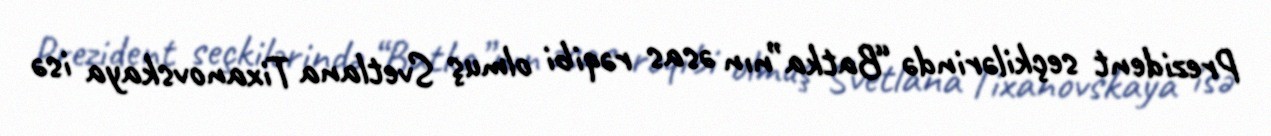
Prezident seçkilərində “Batka”nın əsas rəqibi olmuş Svetlana Tixanovskaya isə